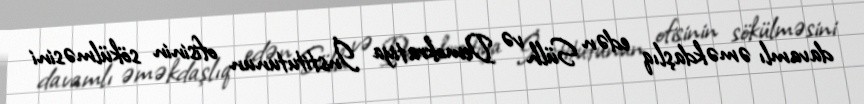
davamlı əməkdaşlıq edən Sülh və Demokratiya İnstitutunun ofisinin sökülməsini